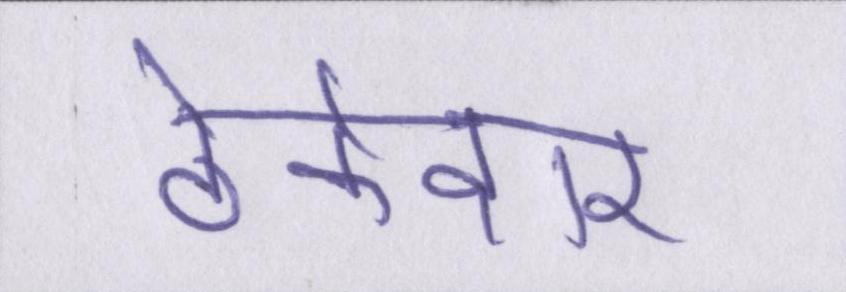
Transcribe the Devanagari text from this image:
ठेकेदार